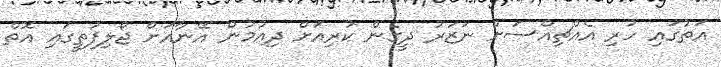
އަތުގައި ހުރި އެއްޗިއްސަށް ނަޒަރު ދީގެން ކުރިއަށް ދިއުމުން އޭނާއަށް ޖޯލިފަތީގައި އޮތް